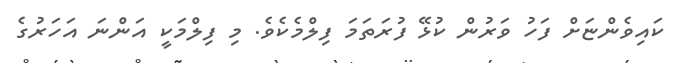
ކައިވެންޏަށް ފަހު ވަރުން ކުޅޭ ފުރަތަމަ ފިލްމެކެވެ. މި ފިލްމަކީ އަންނަ އަހަރުގެ